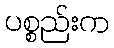
ပစ္စည်းက